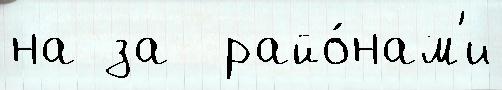
на за  райо́нам'и